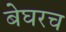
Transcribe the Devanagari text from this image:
बेघरच